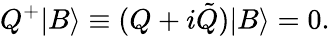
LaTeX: Q^{+}|B\rangle\equiv(Q+i\tilde{Q})|B\rangle=0.